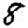
Digit: 8